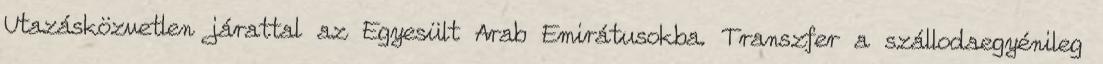
Utazásközvetlen járattal az Egyesült Arab Emirátusokba. Transzfer a szállodaegyénileg